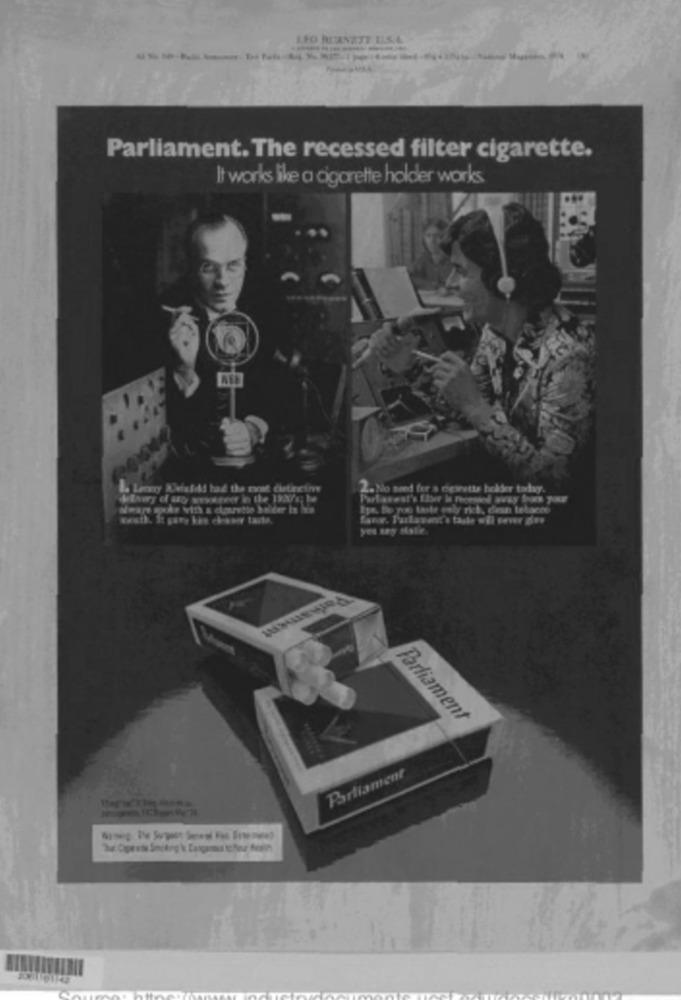
LEO RUANZIT ELSA
Parliament. The recessed filter cigarette.
It works like a cigarette holder works
2. No need for a cigarette bokder today.
aware spoke with & dasrette holder is bis
Ige. Bo you taste only rich, dean Lehaces
weath. It gare bie chiaber taste.
fane. Purlawerst s tashe will never give
Parliament
Parliament